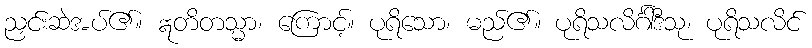
ညှင်းဆဲအပ်၏။ ဣတိတသ္မာ၊ ကြောင့်။ ပုရိသော၊ မည်၏။ ပုရိသလိင်္ဂါဒီသု၊ ပုရိသလိင်